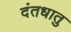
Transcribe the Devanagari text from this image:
दंतधातु